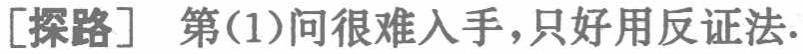
[探路] 第(1)问很难入手，只好用反证法.